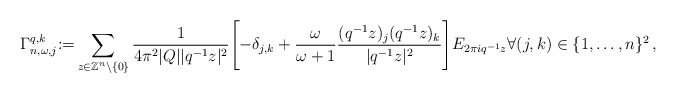
\begin{align*}\Gamma_{n,\omega,j}^{q,k}{:=} \sum_{z \in \mathbb{Z}^n \setminus \{0\}} \frac{1}{4 \pi^2 |Q| |q^{-1}z|^2}\Biggl[ -\delta_{j,k}+\frac{\omega}{\omega+1}\frac{(q^{-1}z)_j(q^{-1}z)_k}{|q^{-1}z|^2}\Biggr]E_{2 \pi iq^{-1}z} \forall (j,k) \in \{1,\dots,n\}^2\,,\end{align*}